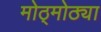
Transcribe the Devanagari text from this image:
मोठ्मोठ्या